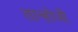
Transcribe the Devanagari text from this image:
तान्होजी